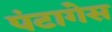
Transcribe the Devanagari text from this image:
पंटागेस